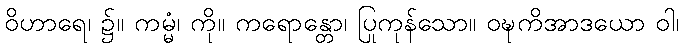
ဝိဟာရေ၊ ၌။ ကမ္မံ၊ ကို။ ကရောန္တော၊ ပြုကုန်သော။ ဝဍ္ဎကိအာဒယော ဝါ၊